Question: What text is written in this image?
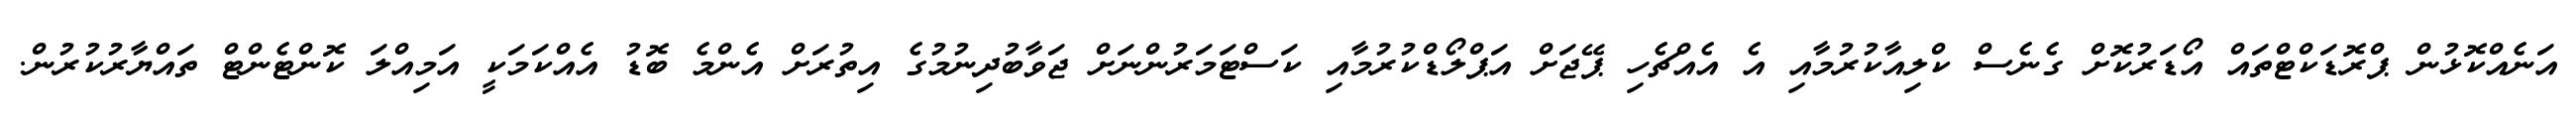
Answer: އަނެއްކޮޅުން ޕްރޮޑަކްޓްތައް އޯޑަރުކޮށް ގެނެސް ކްލިއާކުރުމާއި އެ އެއްޗެހި ޕޭޖަށް އަޕްލޯޑްކުރުމާއި ކަސްޓަމަރުންނަށް ޖަވާބުދިނުމުގެ އިތުރަށް އެންމެ ބޮޑު އެއްކަމަކީ އަމިއްލަ ކޮންޓެންޓް ތައްޔާރުކުރުން.